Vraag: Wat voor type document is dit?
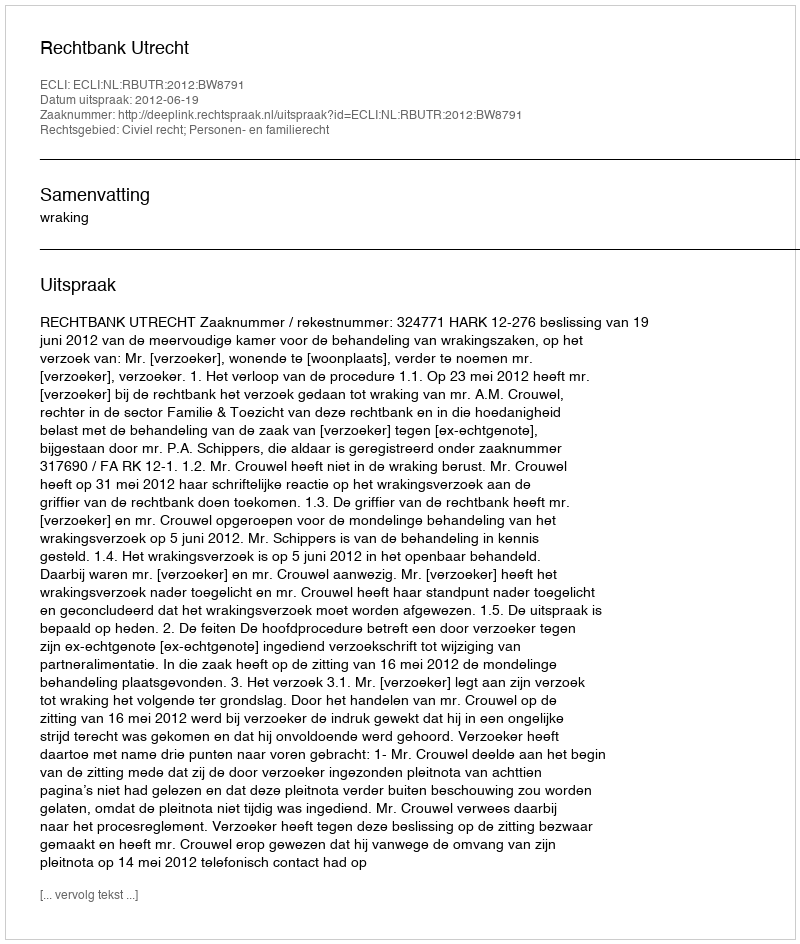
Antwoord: Uitspraak